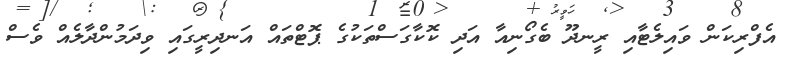
އެފްރިކަން ވައިލެޓާއި ރީނދޫ ބެގޯނިއާ އަދި ކޮކާގަސްތަކުގެ ޕޮޓްތައް އަނދިރީގައި ވިދަމުންދާލެއް ވެސް